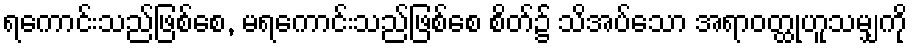
ရကောင်းသည်ဖြစ်စေ, မရကောင်းသည်ဖြစ်စေ စိတ်၌ သိအပ်သော အရာဝတ္ထုဟူသမျှကို